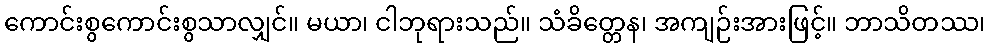
ကောင်းစွကောင်းစွသာလျှင်။ မယာ၊ ငါဘုရားသည်။ သံခိတ္တေန၊ အကျဉ်းအားဖြင့်။ ဘာသိတဿ၊